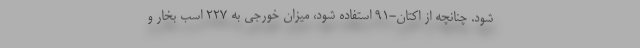
شود. چنانچه از اکتان-91 استفاده شود، میزان خورجی به 227 اسب بخار و